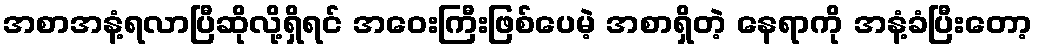
အစာအနံ့ရလာပြီဆိုလို့ရှိရင် အဝေးကြီးဖြစ်ပေမဲ့ အစာရှိတဲ့ နေရာကို အနံ့ခံပြီးတော့